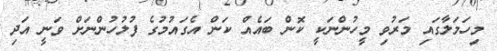
މިހަމަލާގައި މަރުވި މީހުންނަކީ ކޮން ބައެއް ކަން އެގައުމުގެ ފުލުހުންނަށް ވަނީ އަދި